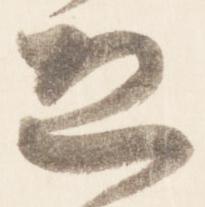
恐